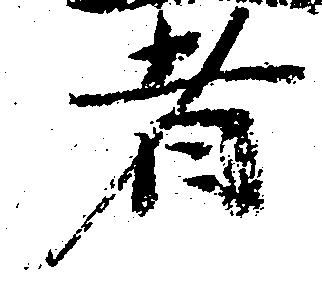
者